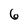
Character: 6